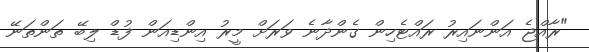
"ރާއްޖެ އަންނައިރު ރައްޓެހިން ގެންދާނެ ވަރަށް މީރު އިންޑިއަން ފުޑް ލިބޭ ތަންތަނޭ